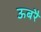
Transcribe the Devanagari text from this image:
ऊबरै